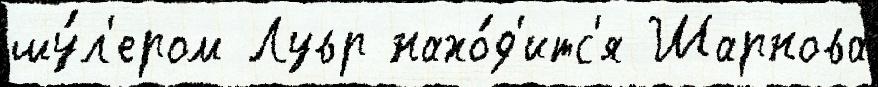
шу́л'ером Лувр нахо́д'итс'я Шарнова